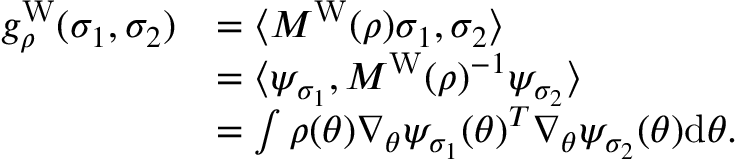
\begin{array} { r l } { g _ { \rho } ^ { \mathrm { W } } ( \sigma _ { 1 } , \sigma _ { 2 } ) } & { = \langle M ^ { \mathrm { W } } ( \rho ) \sigma _ { 1 } , \sigma _ { 2 } \rangle } \\ & { = \langle \psi _ { \sigma _ { 1 } } , M ^ { \mathrm { W } } ( \rho ) ^ { - 1 } \psi _ { \sigma _ { 2 } } \rangle } \\ & { = \int \rho ( \theta ) \nabla _ { \theta } \psi _ { \sigma _ { 1 } } ( \theta ) ^ { T } \nabla _ { \theta } \psi _ { \sigma _ { 2 } } ( \theta ) \mathrm { d } \theta . } \end{array}